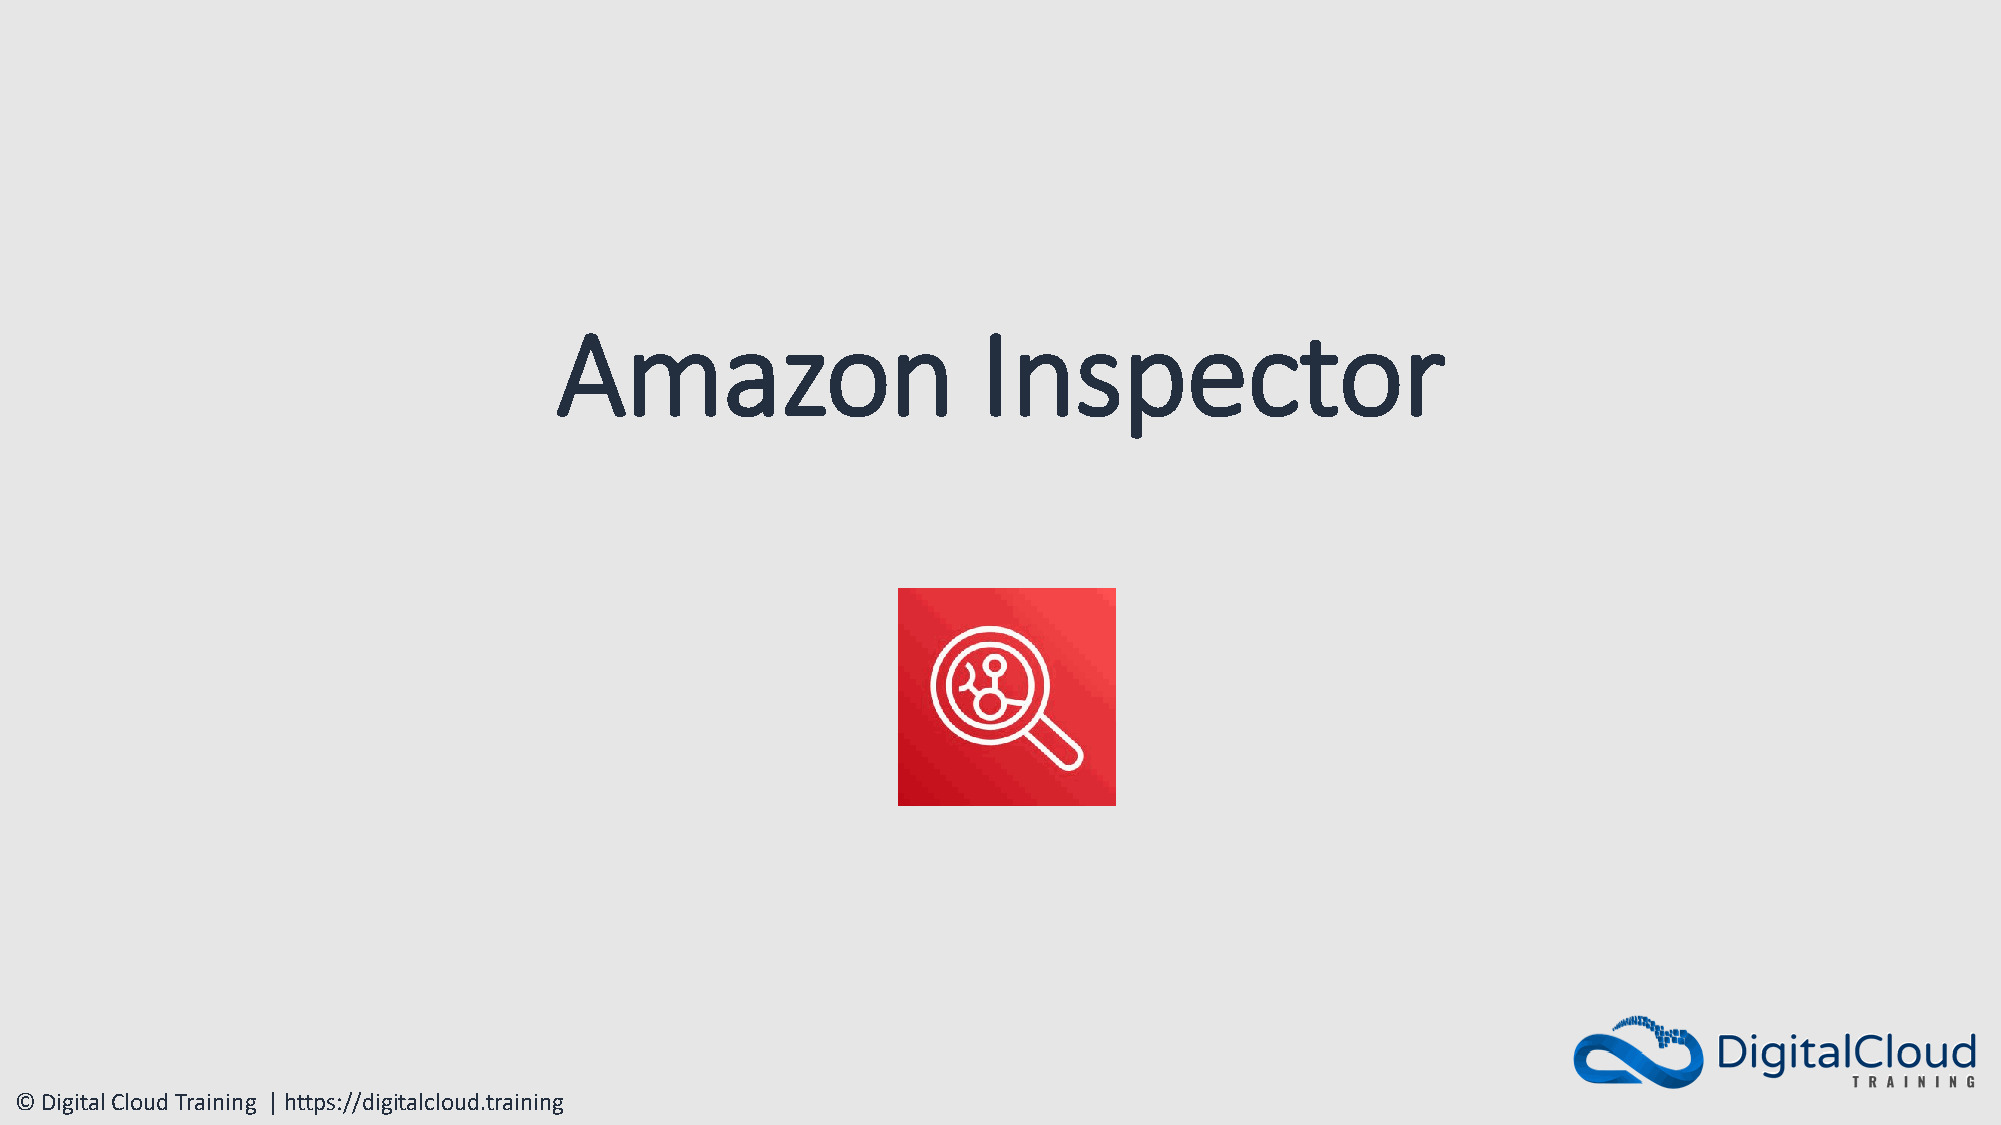
Amazon                      Inspector
 © Digital Cloud Training | https://digitalcloud.training